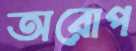
অরোপ